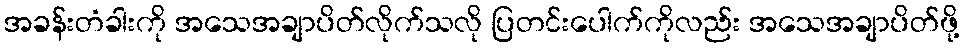
အခန်းတံခါးကို အသေအချာပိတ်လိုက်သလို ပြတင်းပေါက်ကိုလည်း အသေအချာပိတ်ဖို့